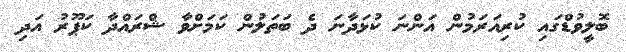
ބޮލީވުޑްގައި ކުރިއަރަމުން އަންނަ ކުޅަދާނަ ދެ ބަތަލުން ކަމަށްވާ ޝްރައްދާ ކަޕޫރު އަދި